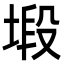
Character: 塅